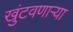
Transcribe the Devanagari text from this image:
खुंटवणाऱ्या